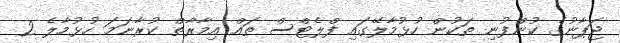
ޖަޕާނުގެ ކުންފުނި ތަކުން ހުޅުމާލޭގައި ފްލެޓްސް ތައް އިމާރާތް ކުރާނަމަ ހުޅުމާލެ 2